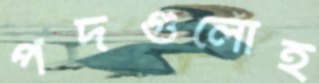
পদগুলোই